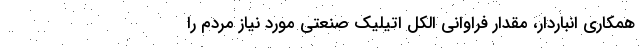
همکاری انباردار، مقدار فراوانی الکل اتیلیک صنعتی مورد نیاز مردم را